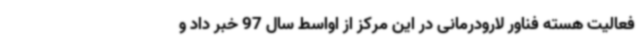
فعالیت هسته فناور لارودرمانی در این مرکز از اواسط سال 97 خبر داد و